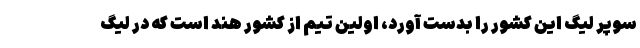
سوپر لیگ این کشور را بدست آورد، اولین تیم از کشور هند است که در لیگ